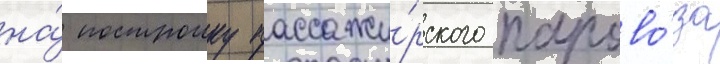
на́ построику пассажи́рского парово́за